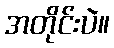
အတိုင်းပဲ။